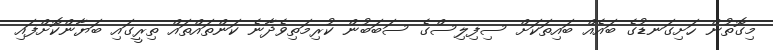
މިގޮތުން ހަށިގަނޑުގެ ބައެއް ބައިތަކަށް ސިފިލިސްގެ ސަބަބުން ކުރިމަތިވެދާނެ ކަންތައްތައް ތިރީގައި ބަޔާންކޮށްފައި